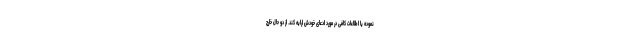
نموده یا اطلاعات کافی در مورد ادعای خودش ارایه کند. از دو حال خارج